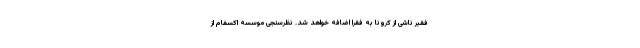
فقیر ناشی از کرونا به فقرا اضافه خواهد شد. نظرسنجی موسسه اکسفام از